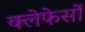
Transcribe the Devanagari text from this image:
क्लेफेसों